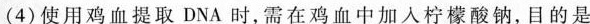
（4）使用鸡血提取DNA时，需在鸡血中加入柠檬酸钠，目的是